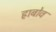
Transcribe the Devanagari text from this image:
ह्राबोव